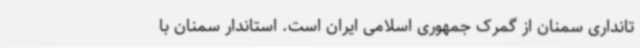
تانداری سمنان از گمرک‌ جمهوری اسلامی ایران است. استاندار سمنان با